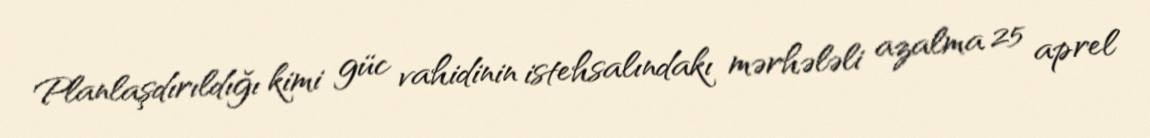
Planlaşdırıldığı kimi güc vahidinin istehsalındakı mərhələli azalma 25 aprel